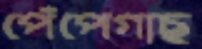
পেঁপেগাছ